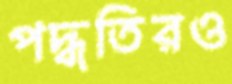
পদ্ধতিরও